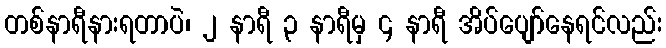
တစ်နာရီနားရတာပဲ၊ ၂ နာရီ ၃ နာရီမှ ၄ နာရီ အိပ်ပျော်နေရင်လည်း